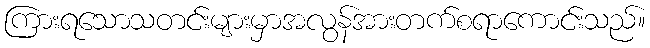
ကြားရသောသတင်းများမှာအလွန်အားတက်စရာကောင်းသည်။